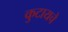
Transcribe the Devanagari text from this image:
कुटायचे